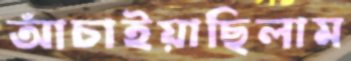
আঁচাইয়াছিলাম